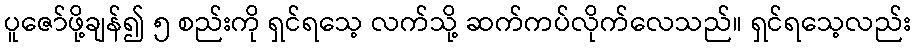
ပူဇော်ဖို့ချန်၍ ၅ စည်းကို ရှင်ရသေ့ လက်သို့ ဆက်ကပ်လိုက်လေသည်။ ရှင်ရသေ့လည်း